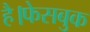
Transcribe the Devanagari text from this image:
है।फेसबुक